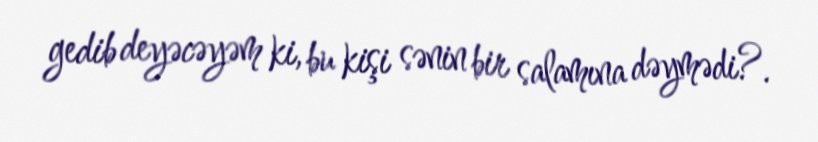
gedib deyəcəyəm ki, bu kişi sənin bir salamına dəymədi?.